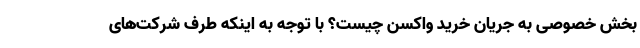
بخش خصوصی به جریان خرید واکسن چیست؟ با توجه به اینکه طرف شرکت‌های